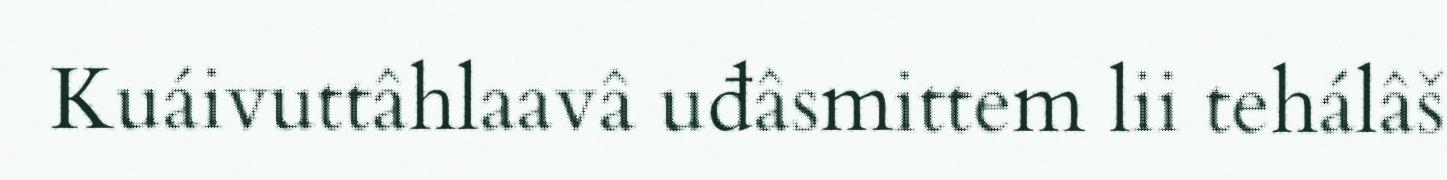
Kuáivuttâhlaavâ uđâsmittem lii tehálâš